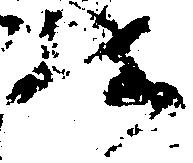
様